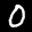
Label: 0